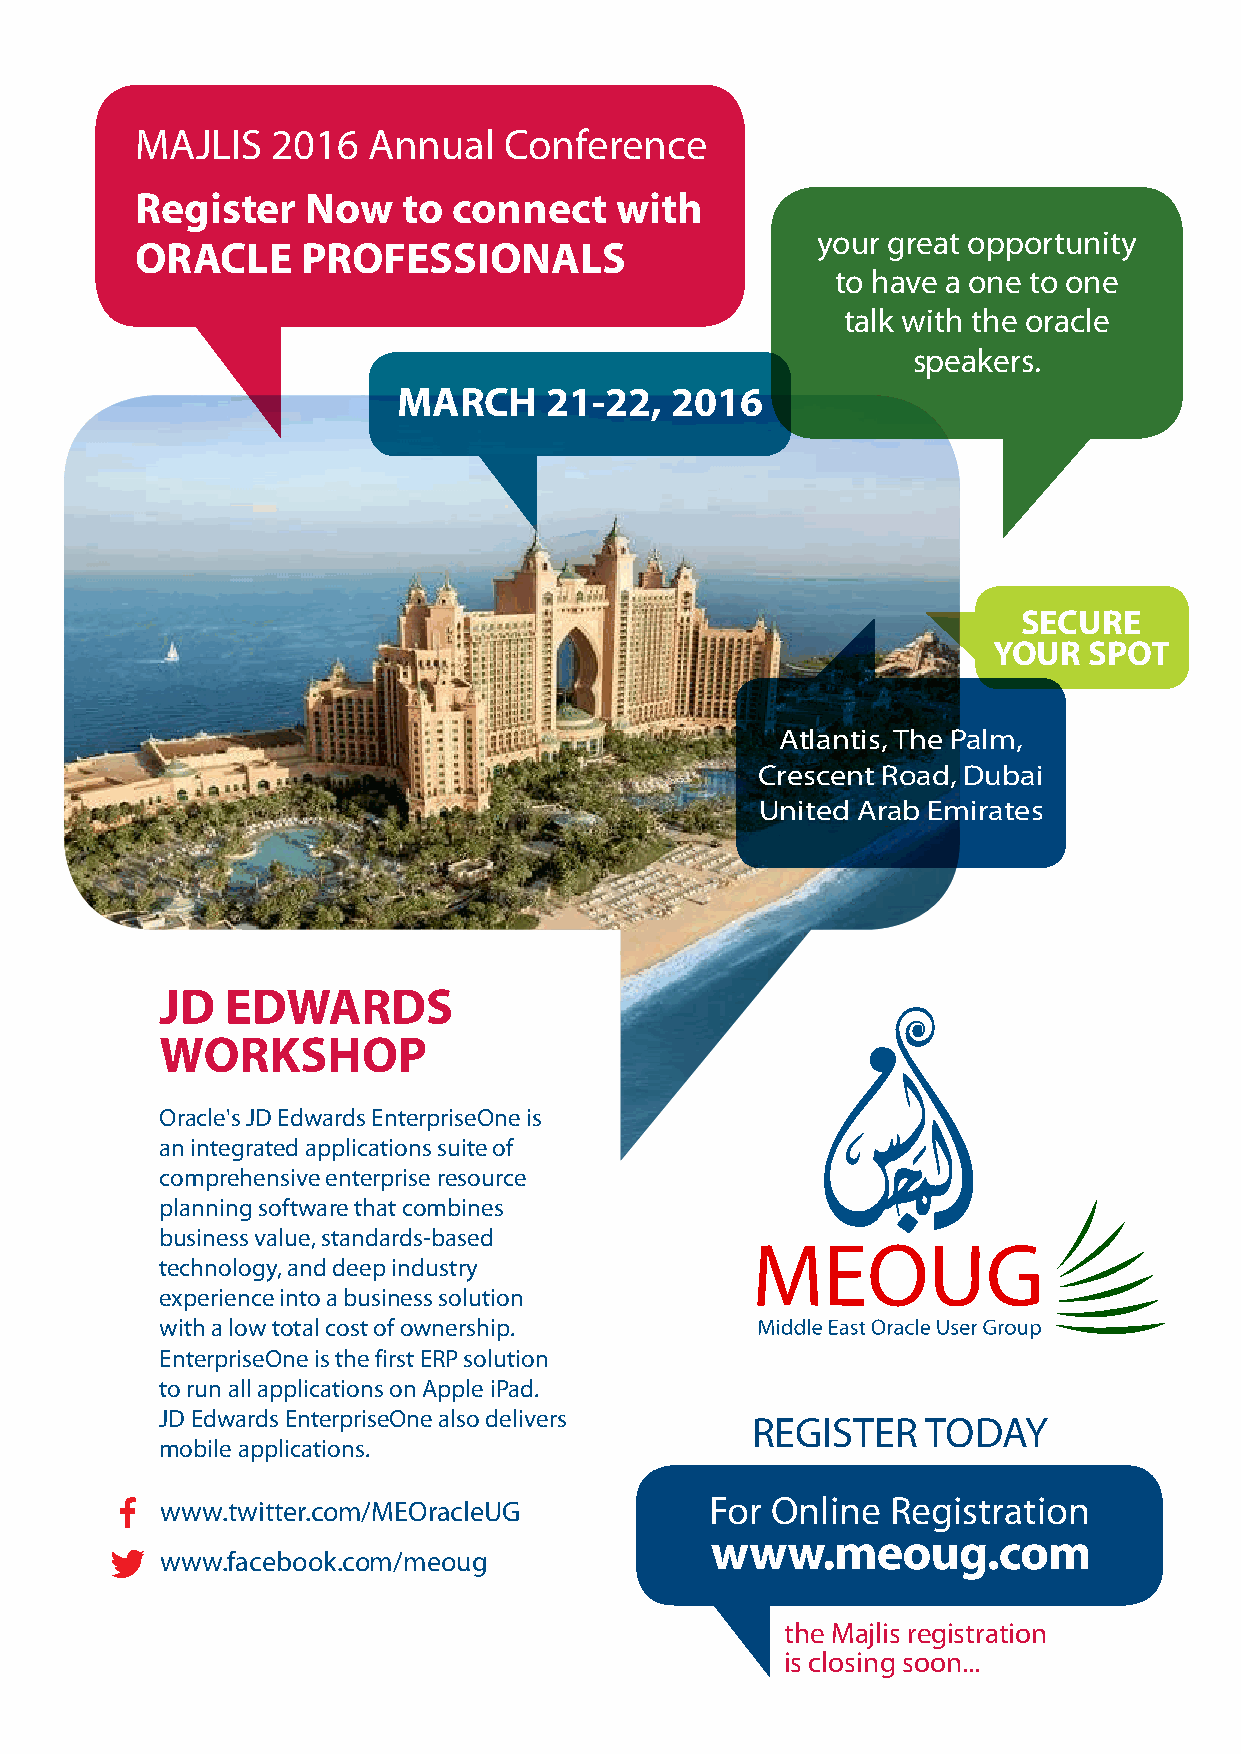
MAJLIS   2016  Annual   Conference
 Register   Now    to connect    with
 your great opportunity
 ORACLE     PROFESSIONALS
 to have a one to one
 talk with the oracle
 speakers.
 MARCH     21-22,  2016
 SECURE
 YOUR  SPOT
 Atlantis, The Palm,
 Crescent Road, Dubai
 United Arab Emirates
 JD  EDWARDS
 WORKSHOP
 Oracle's JD Edwards EnterpriseOne is
 an integrated applications suite of
 comprehensive enterprise resource
 planning software that combines
 business value, standards-based
 technology, and deep industry
 experience into a business solution
 with a low total cost of ownership.
 EnterpriseOne is the first ERP solution
 to run all applications on Apple iPad.
 JD Edwards EnterpriseOne also delivers
 REGISTER   TODAY
 mobile applications.
 www.twitter.com/MEOracleUG          For Online  Registration
 www.meoug.com
 www.facebook.com/meoug
 the Majlis registration
 is closing soon...